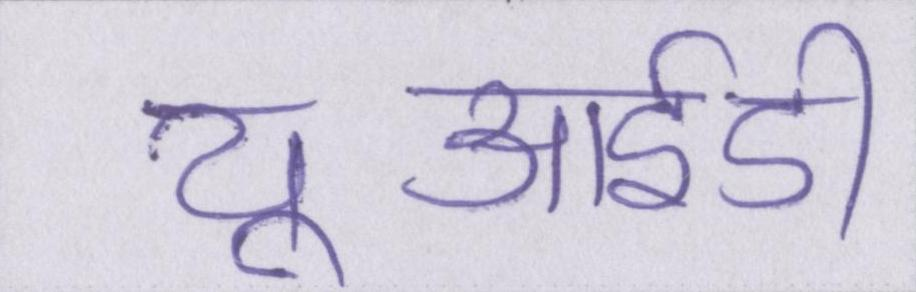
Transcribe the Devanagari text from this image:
यूआईडी